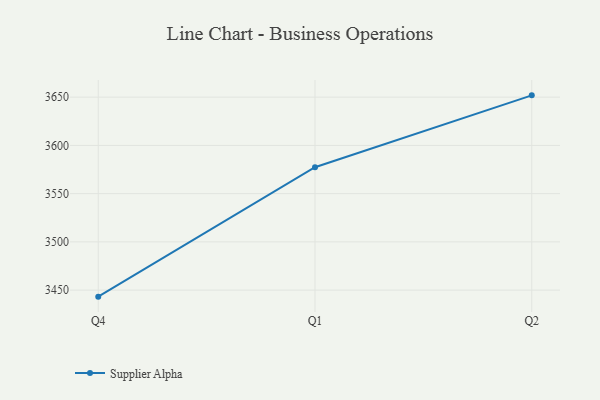
{"axis": {"x": "Quarter", "y": "Energy Usage (MWh)"}, "legend": ["Supplier Alpha"], "data": [{"x": "Q4", "y": 3443.2, "type": "Supplier Alpha"}, {"x": "Q1", "y": 3577.4, "type": "Supplier Alpha"}, {"x": "Q2", "y": 3651.9, "type": "Supplier Alpha"}]}